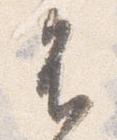
不